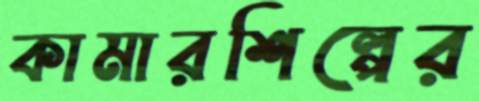
কামারশিল্পের